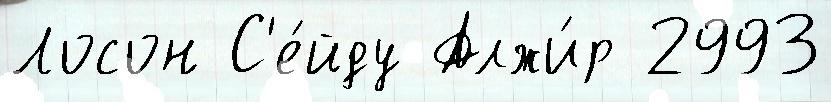
Лосон С'е́йду Алжи́р 2993